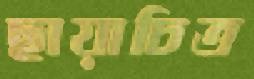
ছায়াচিত্র